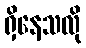
ရှိနေသလို